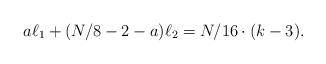
LaTeX: \begin{align*}a\ell_1+(N/8-2-a)\ell_2=N/16\cdot (k-3).\end{align*}